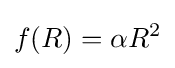
f(R)=\alpha R^{2}